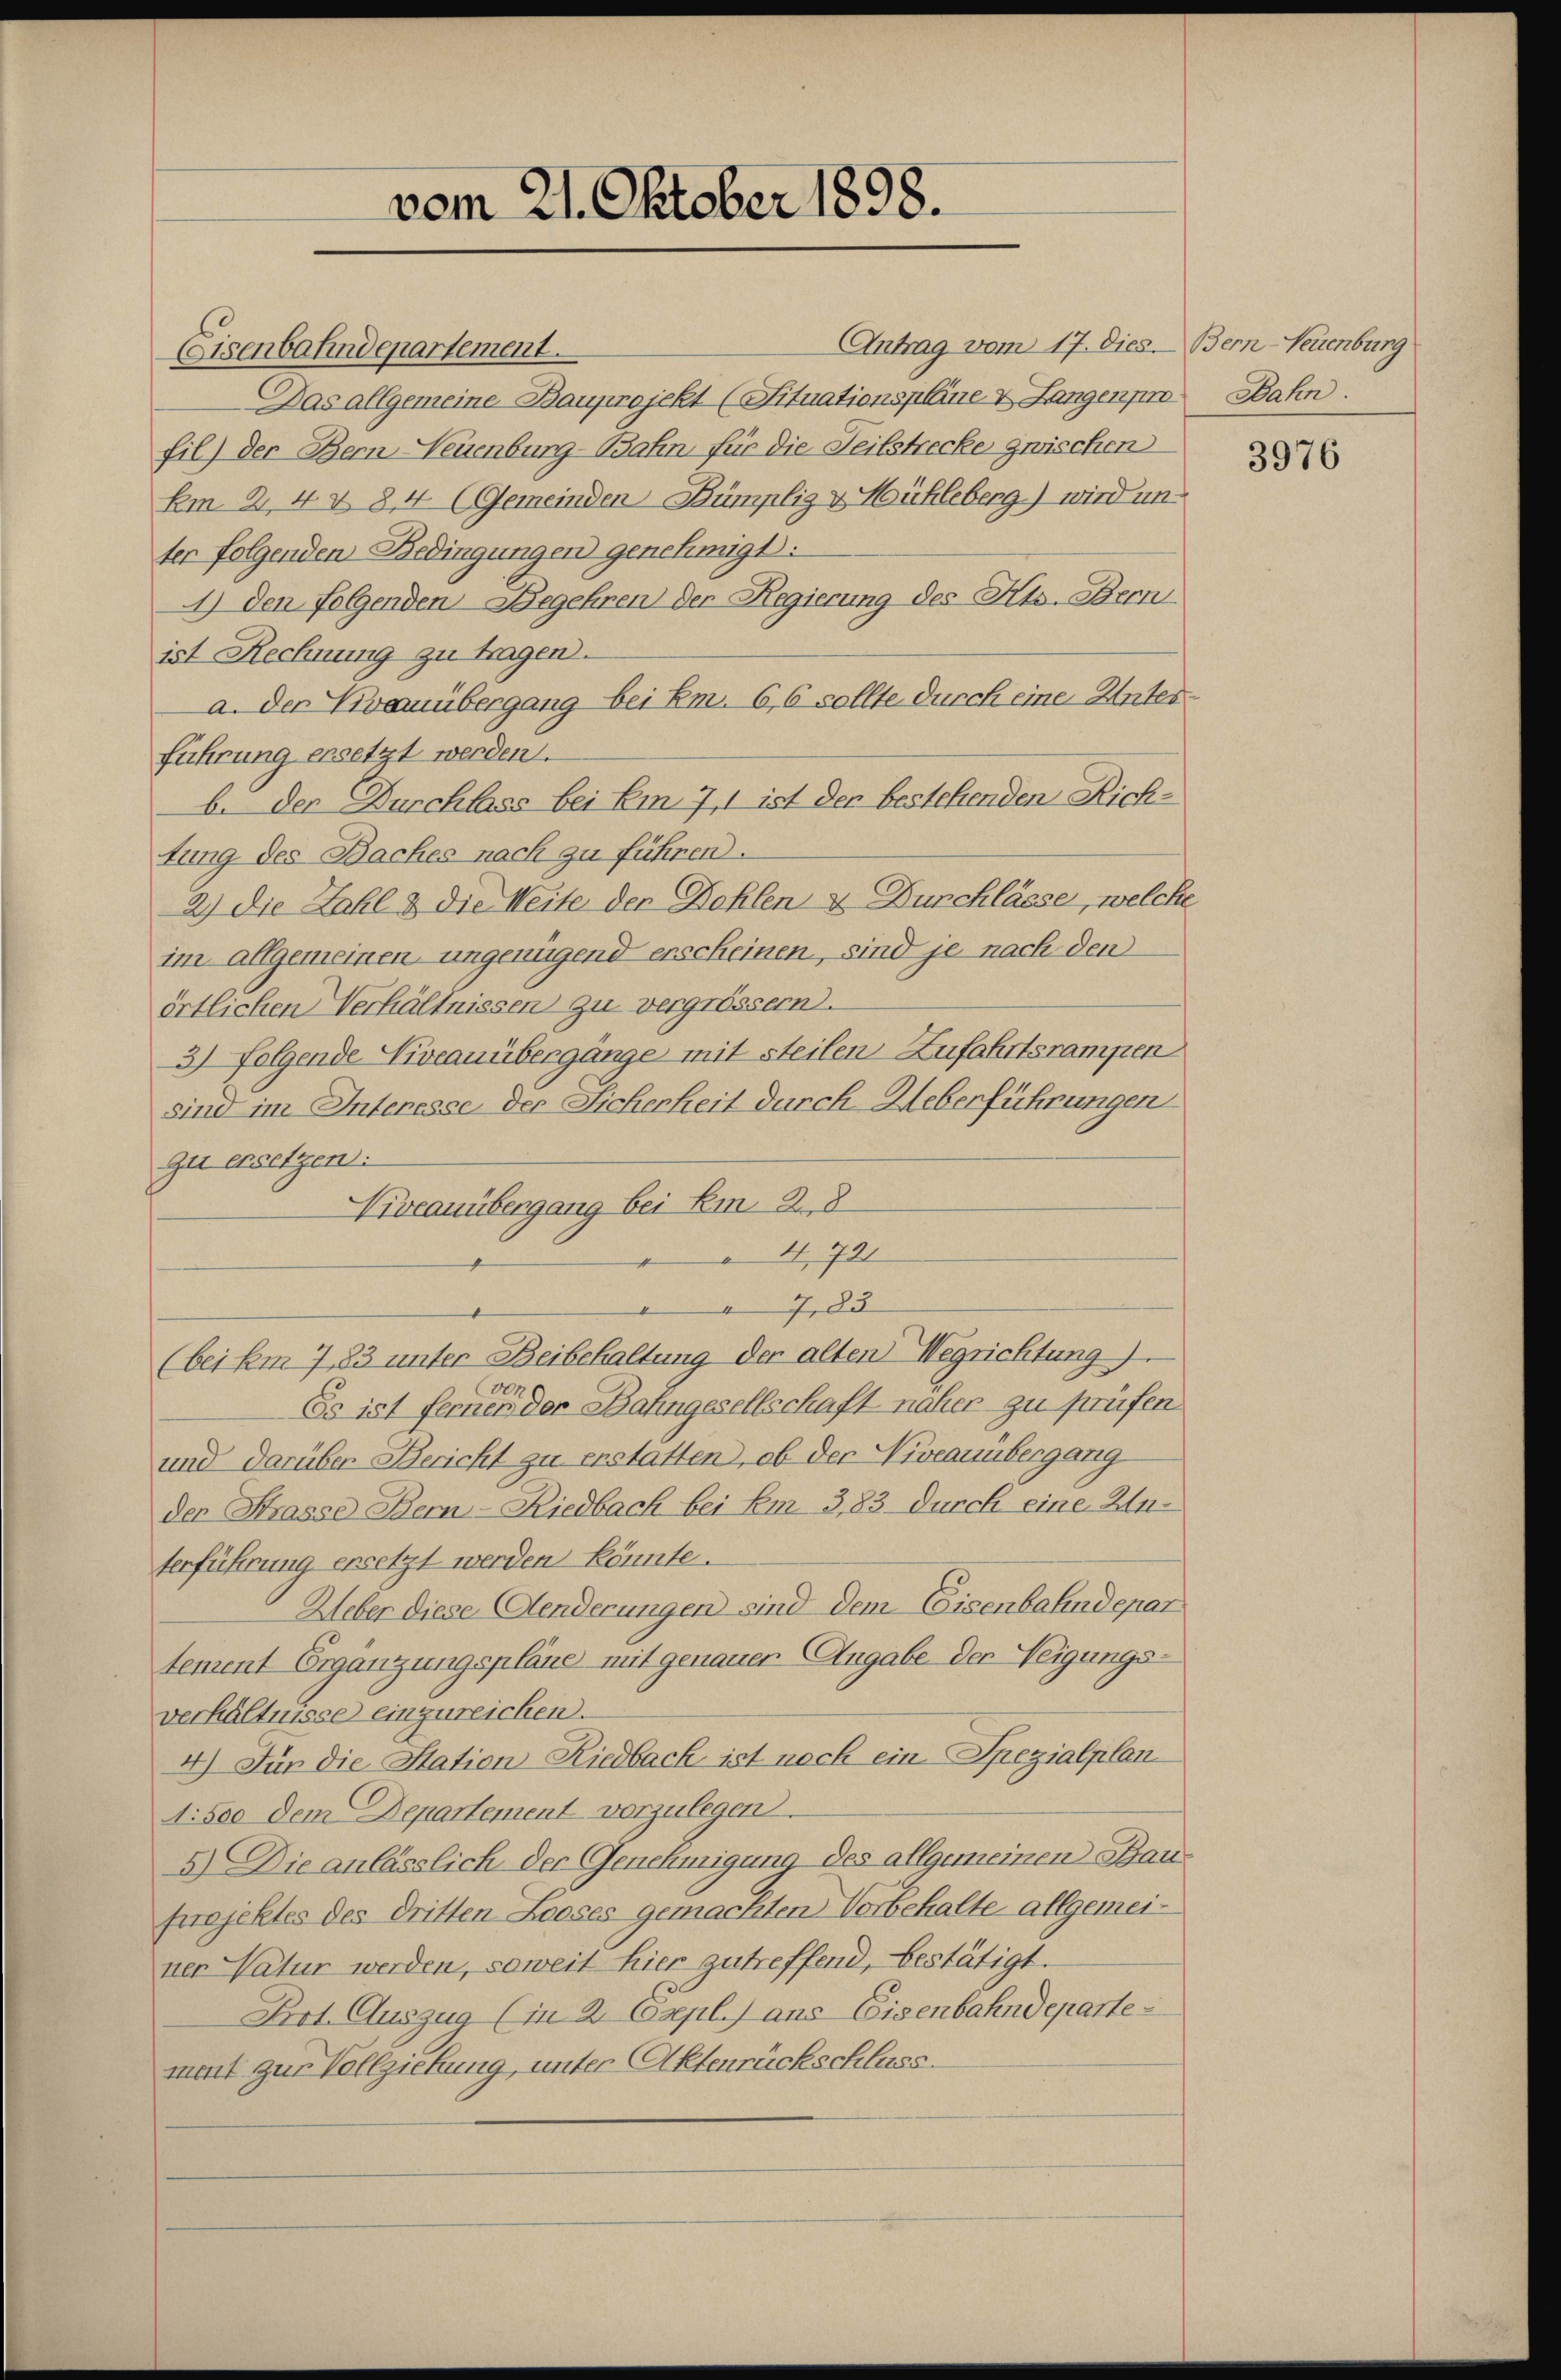
Eisenbahndepartement.
Das allgemeine Bauprojekt (Situationspläne & Langenpr
fil) der Bern Neuenburg-Bahn für die Teilstrecke zwischen
Em 2, 4 § 84 (Gemeinden-Bümpliz & Mühleberg) wird unter folgenden Bedingungen genehmigt.
4) den Folgenden Begehren der Regierung des Kts. Bern
ist Rechnung zu tragen.
a. der Viveauübergang bei Em. 6,6 sollte durch eine Unterführung ersetzt werden.
b. der Durchlass bei Em. 7, 1 ist der bestehenden Richtung des Baches nach zu führen.
2) Die Zahl & die Weite der Dohlen & Durchlässe, welche
im allgemeinen ungenügend erscheinen, sind je nach den
örtlichen Verhältnissen zu vergrössern.
3) folgende Niveauübergänge mit steilen Zufahrtsrampen
sind im Interesse der Sicherheit durch Ueberführungen
zu ersetzen.
Niveauübergang bei Em. 28
4,721
7,83
(bei km 7, 83 unter Beibehaltung der alten Wegrichtung)
000
Es ist fernen der Bahngesellschaft naher zu prüfen
und darüber Bericht zu erstatten, ob der Niveauübergang
den Strasse Bern - Riedbach bei Em 3,83 durch eine Anterführung ersetzt werden könnte.
Ueber diese Aenderungen sind dem Eisenbahndepar
tement Ergänzungspläne mit genauer Angabe der Neigungsverhältnisse einzureichen.
4) Für die Station Riedbach ist nach ein Spezialplan¬
1:500 dem Departement vorzulegen.
5.) Die anlässlich der Genehmigung des allgemeinen Bauprojektes des dritten Looses gemachten Vorbehalte allgemeiner Natur werden, soweit hier zutreffend, bestätigt.
Art. Auszug (in 2 Czepl. aus Eisenbahndeparte
ment zur Vollziehung, unter Aktenrückschluss.

vom 21. Oktober 1898.

Antrag vom 17. Dies. Bern-Neuenburg

Dahn

3976